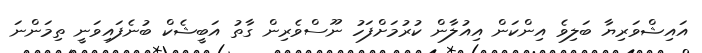
އައިޝްވަރިޔާ ބަލިވެ އިންކަން އިއުލާން ކުރުމަށްފަހު ނޫސްވެރިން ގާތު އަބީޝެކް ބުނެފައިވަނީ ތިމަންނަ